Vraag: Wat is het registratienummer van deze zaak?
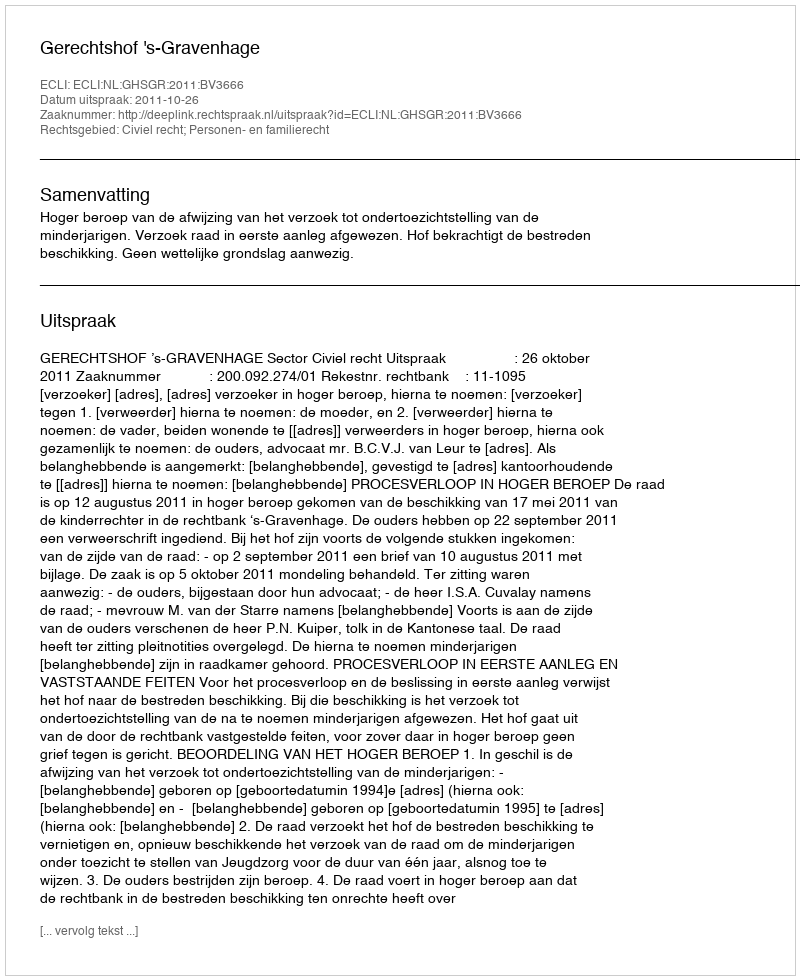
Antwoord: http://deeplink.rechtspraak.nl/uitspraak?id=ECLI:NL:GHSGR:2011:BV3666